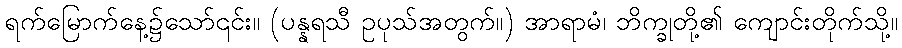
ရက်မြောက်နေ့၌သော်၎င်း။ (ပန္နရသီ ဥပုသ်အတွက်။) အာရာမံ၊ ဘိက္ခုတို့၏ ကျောင်းတိုက်သို့။